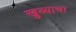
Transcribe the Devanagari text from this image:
खुब्याचा